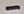
Text: -